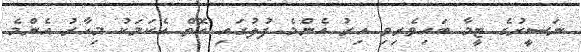
ނަސީރުގެ ޓީމާ ބައިވެރިވި އިރު އެންމެ ފުލުގައި އޮތް އެކަމަކު މިހާރު އެންމެ